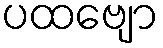
ပထဗျော